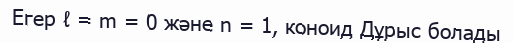
Егер ℓ = m = 0 және n = 1, коноид Дұрыс болады